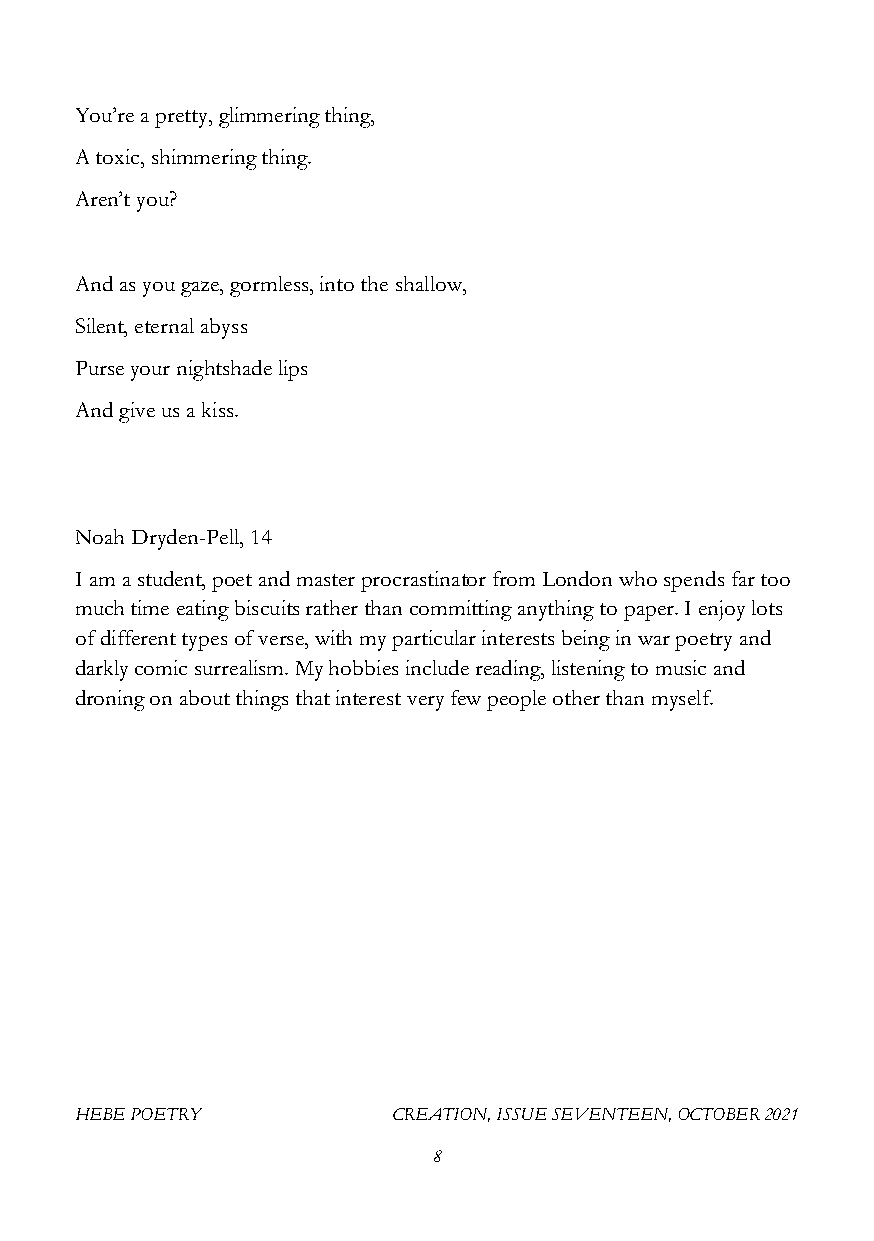
You’re a pretty, glimmering thing,
 A toxic, shimmering thing.
 Aren’t you?
 And as you gaze, gormless, into the shallow,
 Silent, eternal abyss
 Purse your nightshade lips
 And give us a kiss.
 Noah Dryden-Pell, 14
 I am a student, poet and master procrastinator from London who spends far too
 much time eating biscuits rather than committing anything to paper. I enjoy lots
 of different types of verse, with my particular interests being in war poetry and
 darkly comic surrealism. My hobbies include reading, listening to music and
 droning on about things that interest very few people other than myself.
 HEBE POETRY          CREATION, ISSUE SEVENTEEN, OCTOBER 2021
 8